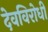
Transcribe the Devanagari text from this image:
देवविरोधी